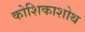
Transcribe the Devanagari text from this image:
कोशिकाशोथ